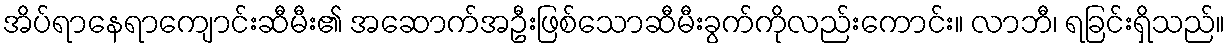
အိပ်ရာနေရာကျောင်းဆီမီး၏ အဆောက်အဦးဖြစ်သောဆီမီးခွက်ကိုလည်းကောင်း။ လာဘီ၊ ရခြင်းရှိသည်။